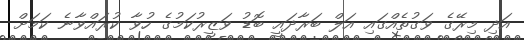
އަދި މިރޭގެ ވަގުތެއްގައި އަލް ބަރާދައީ ބޮޑު ވަޒީރުކަމުގެ ހުވާ ކުރައްވާނެ ކަމަށް